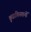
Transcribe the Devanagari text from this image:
कुडाकिस्तानों